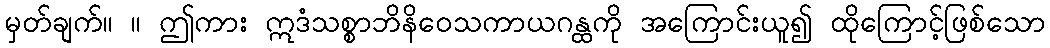
မှတ်ချက်။ ။ ဤကား ဣဒံသစ္စာဘိနိဝေသကာယဂန္ထကို အကြောင်းယူ၍ ထိုကြောင့်ဖြစ်သော